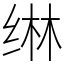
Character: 𬘭